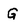
Character: G